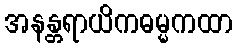
အနန္တရာယိကဓမ္မကထာ